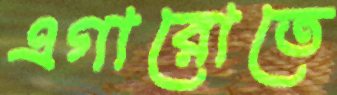
এগারোতে